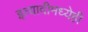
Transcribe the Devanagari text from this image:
इत्यादीमध्येही